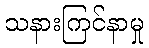
သနားကြင်နာမှု